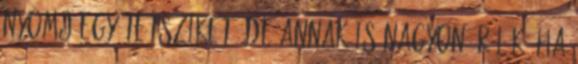
nyomj egy Tetsziket, de annak is nagyon örülök, ha